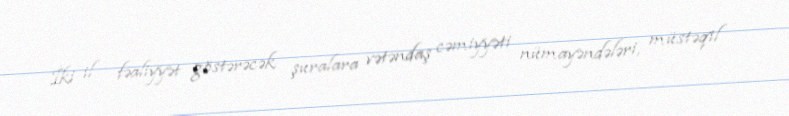
İki il fəaliyyət göstərəcək şuralara vətəndaş cəmiyyəti nümayəndələri, müstəqil